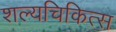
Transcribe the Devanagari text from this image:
शल्यचिकित्स